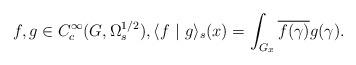
LaTeX: \begin{align*} f,g\in C^\infty_c(G,\Omega^{1/2}_{s}),\langle f \ \vert \ g \rangle_{s}(x) = \int_{G_{x}}\overline{f(\gamma)}g(\gamma). \end{align*}